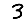
Digit: 3